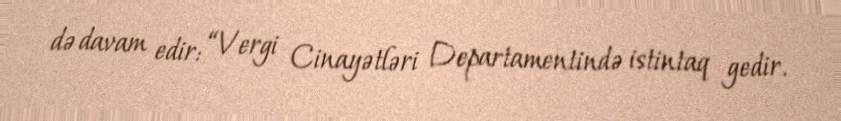
də davam edir: “Vergi Cinayətləri Departamentində istintaq gedir.